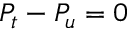
P _ { t } - P _ { u } = 0